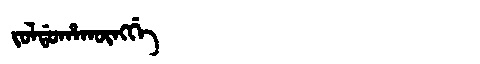
Manchu: ᠵᠣᠯᡩᠣᡥᠠᡴᡡᠩᡤᡝ
Romanization: JOLDOHAKŪNGGE